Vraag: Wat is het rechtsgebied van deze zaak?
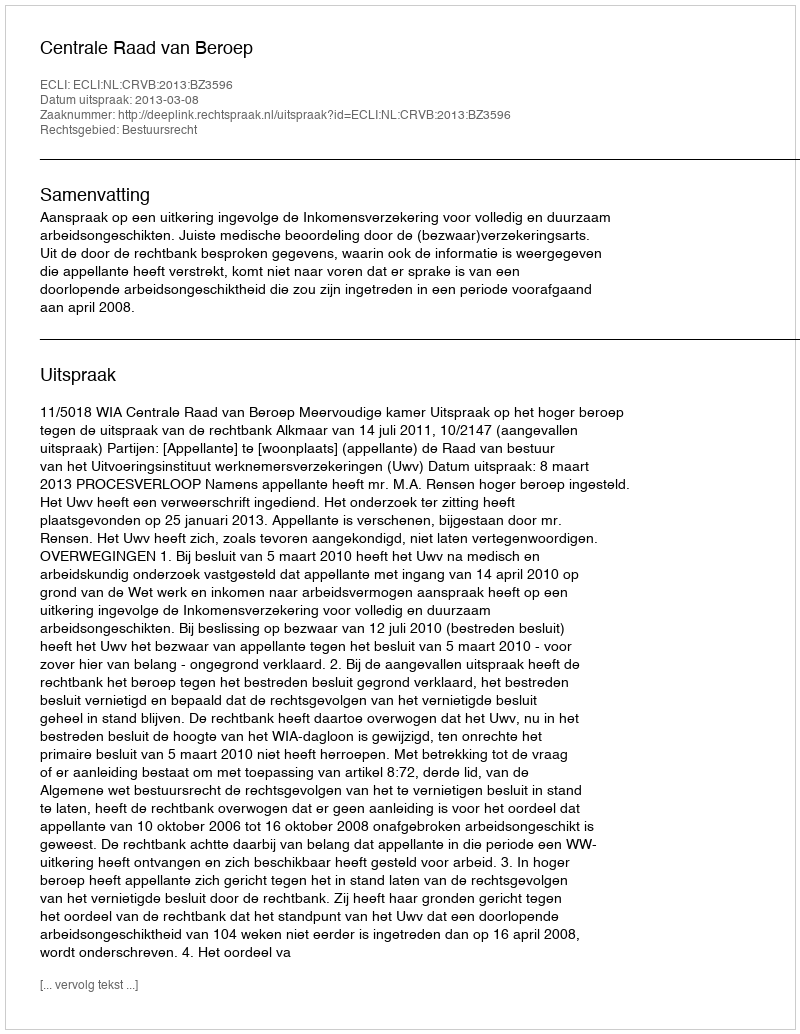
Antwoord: Bestuursrecht